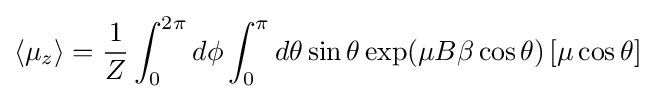
\left\langle \mu _{z}\right\rangle ={1 \over Z}\int _{0}^{2\pi }d\phi \int _{0}^{\pi }d\theta \sin \theta \exp(\mu B\beta \cos \theta )\left[\mu \cos \theta \right]